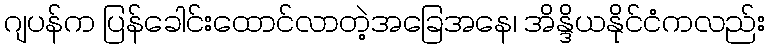
ဂျပန်က ပြန်ခေါင်းထောင်လာတဲ့အခြေအနေ၊ အိန္ဒိယနိုင်ငံကလည်း